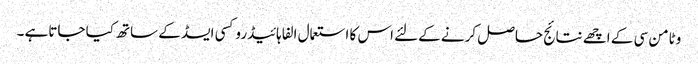
وٹامن سی کے اچھے نتائج حاصل کرنے کےلئے اس کا استعمال الفا ہائیڈروکسی ایسڈ کے ساتھ کیا جاتاہے ۔